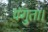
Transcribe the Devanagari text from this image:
पंगुता।